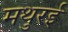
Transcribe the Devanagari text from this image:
मथुरई